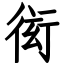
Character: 衒